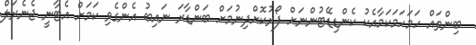
ބިންތައް ހަމަހަމަކަމާއެކު ކެންޑިޑޭޓުންނަށް ފޯރުކޮށްދިނުމަށް ބަންޑާރަ ނައިބު އެންގެވި ކަމަށް އެޓާނީ ޖެނެރަލް